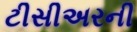
ટીસીઅરની